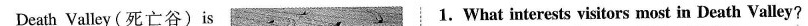
Death Valley (死亡谷)is 1.What interests visitors most in Death Valley?